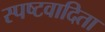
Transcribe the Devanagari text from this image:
स्‍पष्‍टवादिता